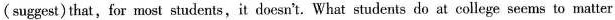
(suggest) that,for most students, it doesn't. What students do at college seems to matter